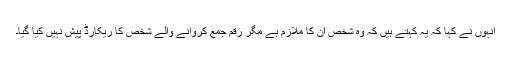
انہوں نے کہا کہ یہ کہتے ہیں کہ وہ شخص ان کا ملازم ہے مگر رقم جمع کروانے والے شخص کا ریکارڈ پیش نہیں کیا گیا۔